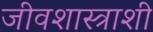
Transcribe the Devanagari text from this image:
जीवशास्त्राशी